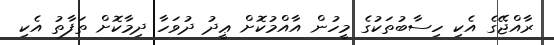
ރާއްޖޭގެ އެކި ހިސާބުތަކުގެ މީހުން އާއްމުކޮށް ޢީދު ދުވަހާ ދިމާކޮށް ތަފާތު އެކި